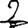
Digit: 2